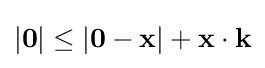
|\mathbf {0} |\leq |\mathbf {0} -\mathbf {x} |+\mathbf {x\cdot k}